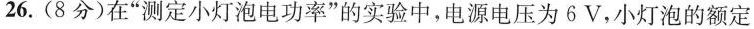
26.(8分)在”测定小灯泡电功率”的实验中，电源电压为6V，小灯泡的额定